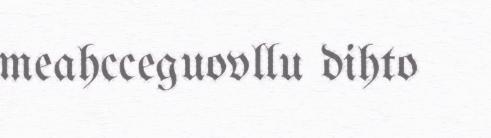
meahcceguovllu dihto